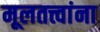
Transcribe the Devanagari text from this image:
मूलतत्त्वांना